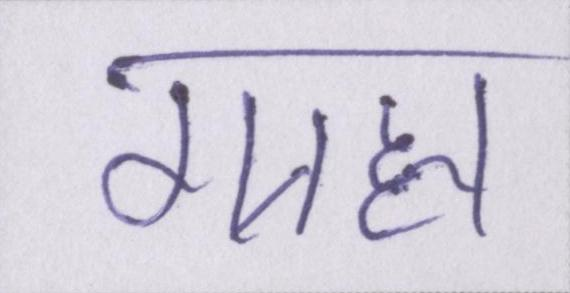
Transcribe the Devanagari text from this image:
ग्राह्य